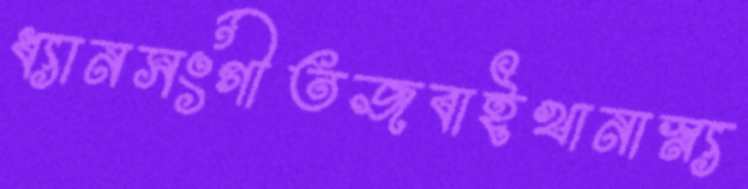
ধ্যানসংগীতজবাইখানাস্ন্য